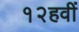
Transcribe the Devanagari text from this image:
१२हवीं